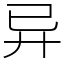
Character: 异